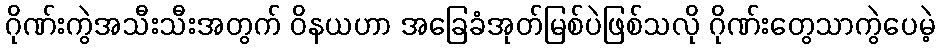
ဂိုဏ်းကွဲအသီးသီးအတွက် ဝိနယဟာ အခြေခံအုတ်မြစ်ပဲဖြစ်သလို ဂိုဏ်းတွေသာကွဲပေမဲ့